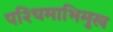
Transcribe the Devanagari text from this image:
पश्‍चिमाभिमुख